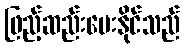
ဖြည့်ဆည်းပေးနိုင်သည်